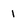
Character: i